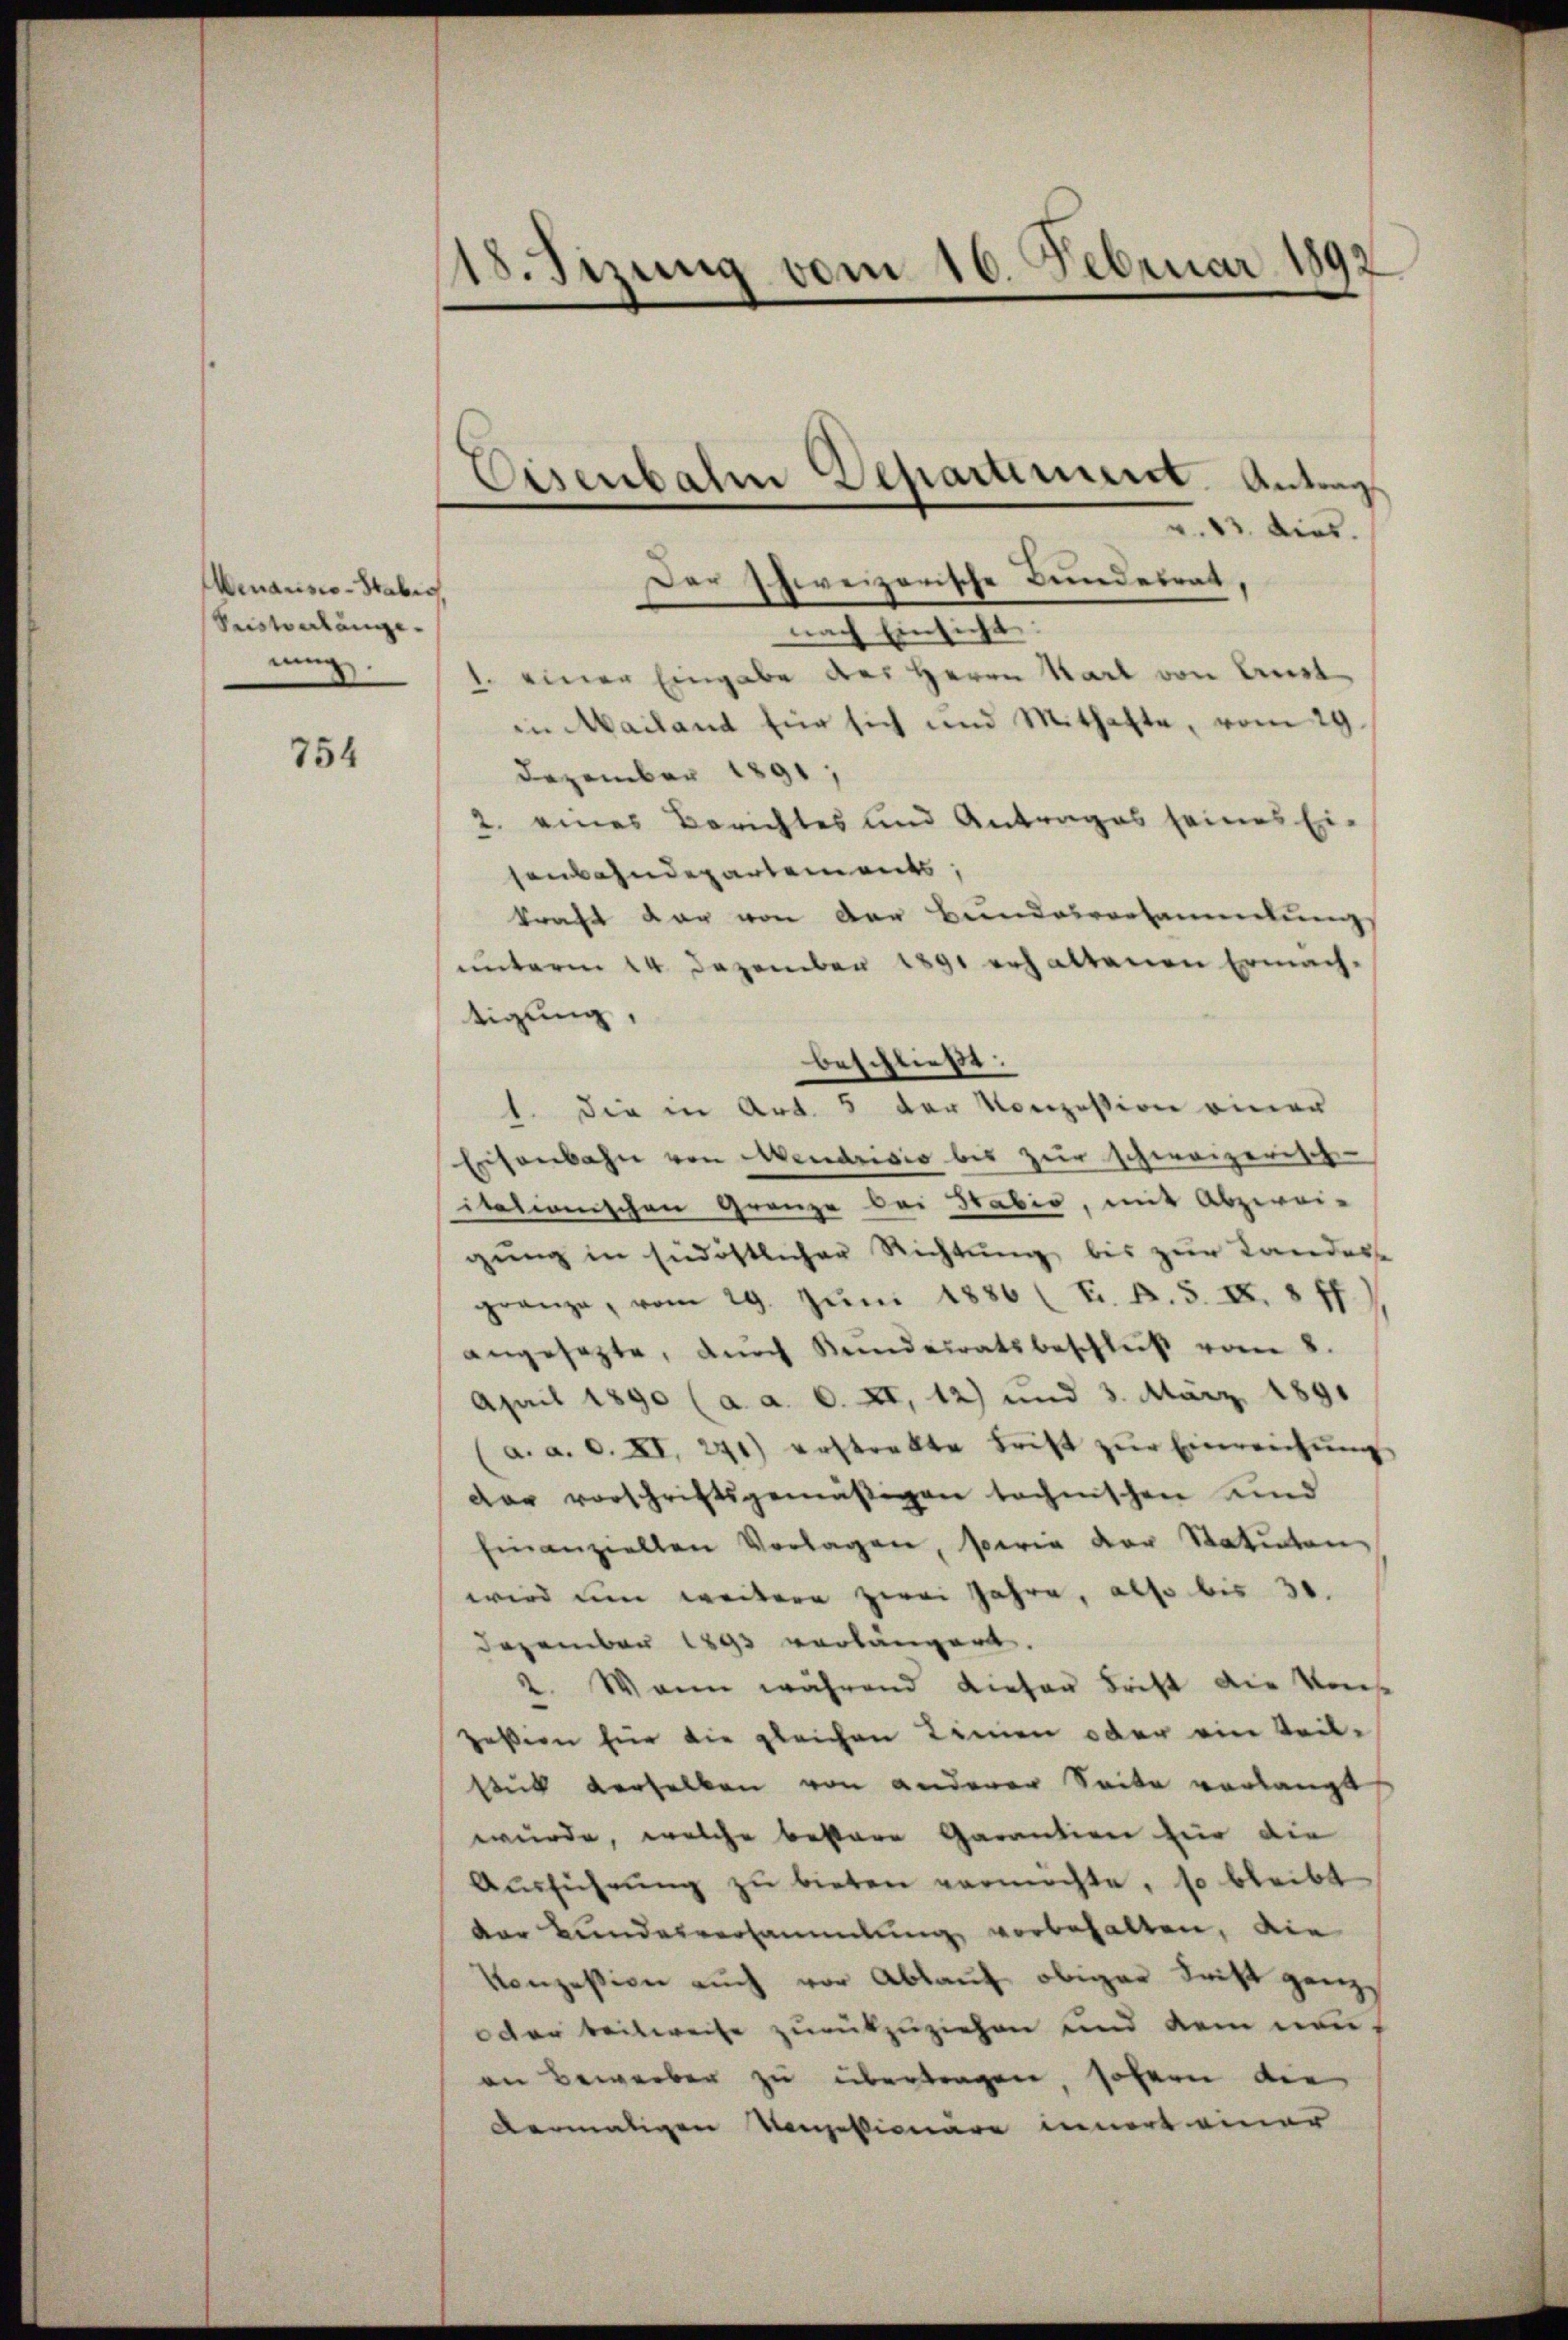
Menarisco-Stabes,
Sestonlangenung

754

18. Sizung vom 16. Februar 1892

v. 13. dies.
nach Einsicht:
1. einer Eingabe des Herrn Karl von Anst
in Mailand für sich und Mithalte, vom 29
Dezember 1891,
2. eines Berichtes und Antrages seines Ei-
senbahndepartements,
kraft dar von der Bundesvorsammlung
unterm 14. Dezember 1891 erhaltenen Ermäch-
tigung,
beschließt:
1. die in Art. 5 der Konzession einer
Eisenbahn von Mendrisis bis zur schweizerische
itationischen Grenze bei Habio, mit Abzwei-
gung in südöstlicher Richtung bis zur Landesse
gränze, vom 29. Jŭni 1886 (Ei. B. S. XI. 8 ff
angesetzte, durch Kundeiratsbeschluß vom 8.
April 1890 (a. a. 0. XI, 12) und 3. März 1891
a. a. 0. XI. 241) erstrakte Tritt zur Einreichung
dar vorschriftsgemäßigen technischen und
hinanziellen Vorlagen, sera der Statuten
wird um weitere zwei Jahre, also bis 31.
Dezember 1893 vorlängert.
2. Wann während dieser Frist die Konse
pession für die gleichen Linien oder ein Teil-
stik derselben von anderer Seite verlangt
wurde, welche bestere Garantion hier die
Aŭsführŭng zŭ bieten vermöchte, so bleibt
der Bundesversammlung vorbehalten, die
Konzession auch vor Ablauf obiger Frist ganz
oder beilweise zurükzuziehen und dem neuan Bewerben zu übertragen, sofern die
dermaligen Konzessionäre innert einer

Eisenbahn Departiment. Antrag

Der Schweizerische Bundesrat,